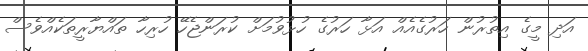
އަދި މީގެ އިތުރުން ހަރުގެއެއް އަޅާ ހަރުގެ ހުޅުވުމަށް ކުރަންޖެހޭ ހުރިހާ ތައްޔާރީތަކެއްވެސް